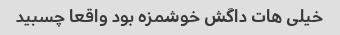
خیلی هات داگش خوشمزه بود واقعا چسبید